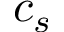
c _ { s }